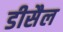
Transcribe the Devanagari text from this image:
डीसैल